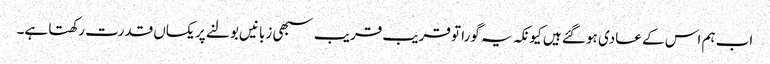
اب ہم اس کے عادی ہو گئے ہیں کیونکہ یہ گورا تو قریب قریب سبھی زبانیں بولنے پر یکساں قدرت رکھتا ہے۔